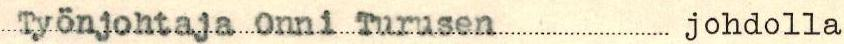
Työnjohtaja Onni Turusen johdolla